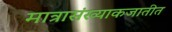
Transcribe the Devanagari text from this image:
मात्रासंख्याकजातीत